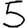
Digit: 5